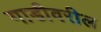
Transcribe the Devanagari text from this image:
गाडीवरील